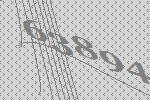
63894